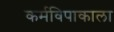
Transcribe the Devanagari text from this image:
कर्मविपाकाला